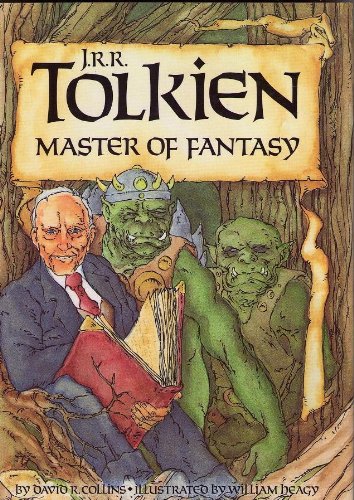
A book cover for J.R.R. Tolkien: Master of Fantasy (Lerner Biographies); David R. Collins; Teen & Young Adult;